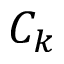
C _ { k }